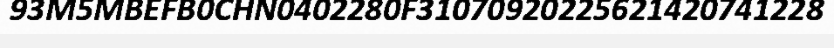
93M5MBEFB0CHN0402280F31070920225621420741228